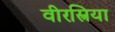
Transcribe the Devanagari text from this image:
वीरस्त्रिया